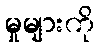
မှုများကို